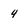
Character: 4